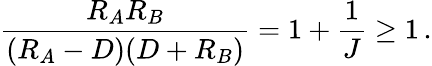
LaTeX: {\frac{R_{A}R_{B}}{(R_{A}-D)(D+R_{B})}}=1+{\frac{1}{J}}\ge 1\, .